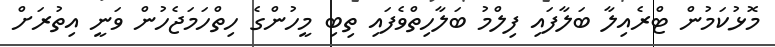
މޮޅުކަމުން ޓްރެއިލާ ބަލާފައި ފިލްމު ބަލާހިތްވެފައި ތިބި މީހުންގެ ހިތްހަމަޖެހުން ވަނީ އިތުރަށް